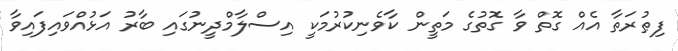
ފިޠުރަތާ އެއް ގޮތް ވާ ގޮތުގެ މަތީން ކާވެނިކުރުމަކީ އިސްލާމްދީނުގައި ބާރު އަޅުއްވައިފައިވާ